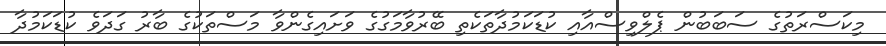
މިކަސްރަތުގެ ސަބަބުން ޕެލްވިސްއާއި ކުޑަކަމުދާތަކެތި ބޭރުވާމަގުގެ ވަށައިގެންވާ މަސްތަކުގެ ބާރު ގަދަވެ ކުޑަކަމުދާ